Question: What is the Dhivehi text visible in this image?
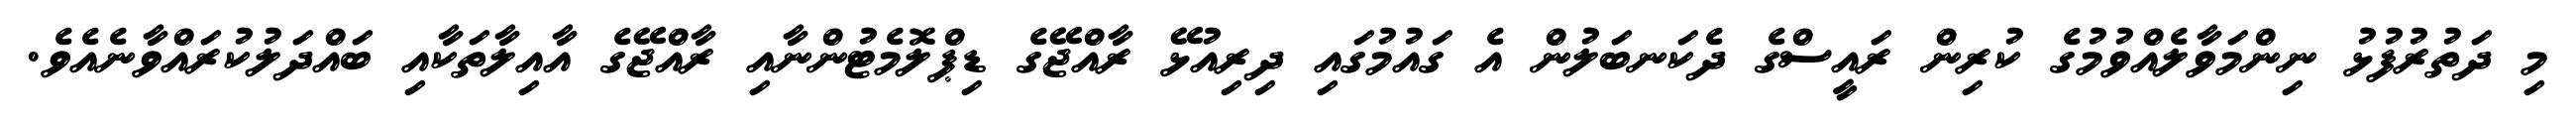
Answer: މި ދަތުރުފުޅު ނިންމަވާލެއްވުމުގެ ކުރިން ރައީސްގެ ދެކަނބަލުން އެ ގައުމުގައި ދިރިއުޅޭ ރާއްޖޭގެ ޑިޕްލޮމެޓުންނާއި ރާއްޖޭގެ އާއިލާތަކާއި ބައްދަލުކުރައްވާނެއެވެ.